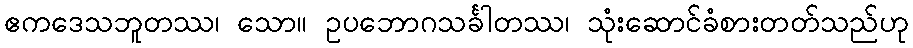
ဧကဒေသဘူတဿ၊ သော။ ဥပဘောဂသင်္ခါတဿ၊ သုံးဆောင်ခံစားတတ်သည်ဟု